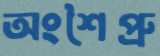
অংশৈপ্রু